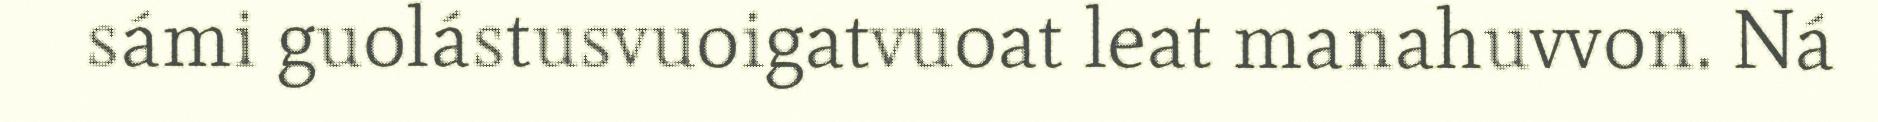
sámi guolástusvuoigatvuoat leat manahuvvon. Ná